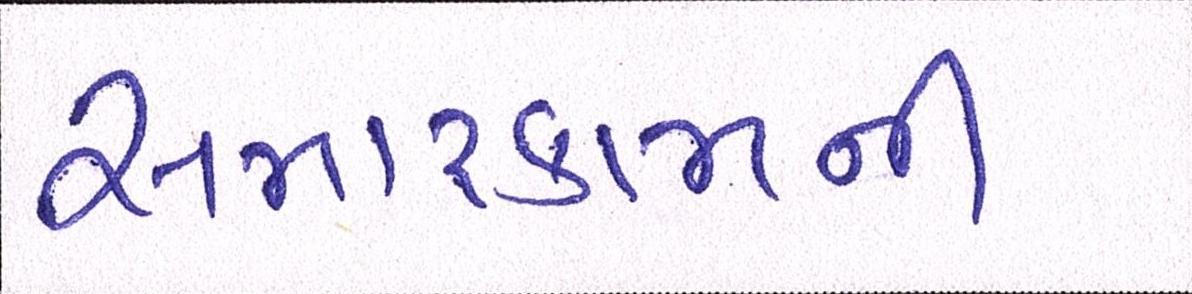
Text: સમારકામની